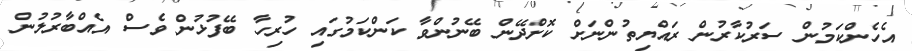
އެހެންކަމުން ސަރުކާރުން ރައްޔިތުންނަށް ކޮށްދޭން ބޭނުންވާ ކަންކަމުގައި ހުރިހާ ބޭފުޅުން ވެސް އެއްބާރުލުން